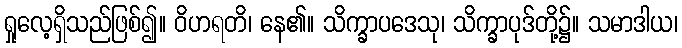
ရှုလေ့ရှိသည်ဖြစ်၍။ ဝိဟရတိ၊ နေ၏။ သိက္ခာပဒေသု၊ သိက္ခာပုဒ်တို့၌။ သမာဒါယ၊